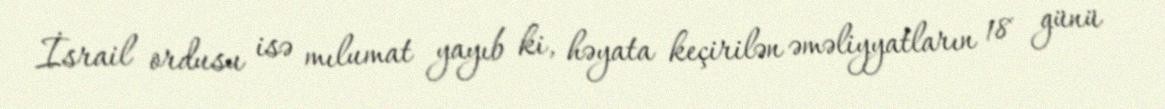
İsrail ordusu isə mılumat yayıb ki, həyata keçirilən əməliyyatların 18 günü